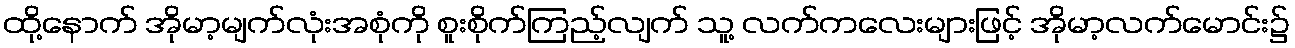
ထို့နောက် အိုမာ့မျက်လုံးအစုံကို စူးစိုက်ကြည့်လျက် သူ့ လက်ကလေးများဖြင့် အိုမာ့လက်မောင်း၌